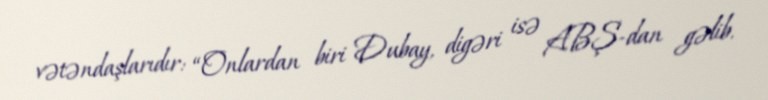
vətəndaşlarıdır: “Onlardan biri Dubay, digəri isə ABŞ-dan gəlib.